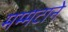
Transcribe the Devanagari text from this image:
मम्मटाने